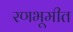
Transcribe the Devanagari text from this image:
रणभूमीत